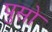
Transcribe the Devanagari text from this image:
पुसो